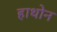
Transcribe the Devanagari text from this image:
हाथोन